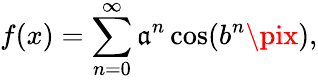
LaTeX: f(x)=\sum_{n=0}^{\infty}\mathfrak{a}^{n}\cos(b^{n}\pix),